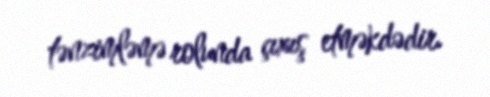
tənzimləmə rolunda çıxış etməkdədir.